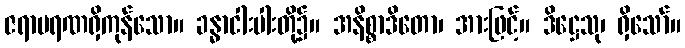
ဇရာမရဏရှိကုန်သော။ ခန္ဓာငါးပါးတို့၌။ အနိစ္စာဒိတော၊ အားဖြင့်။ ဒိဋ္ဌေသု၊ ရှိသော်။